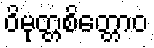
ဝိမုတ္တစိတ္တောဝ